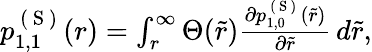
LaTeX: \begin{array}{r}{p_{1,1}^{\mathrm{~(~S~)~}}(r)=\int_{r}^{\infty}\Theta(\tilde{r})\frac{\partial p_{1,0}^{\mathrm{~(~S~)~}}(\tilde{r})}{\partial\tilde{r}}\, d\tilde{r},}\end{array}